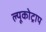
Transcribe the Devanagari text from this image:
ल्यूकोट्राप